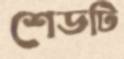
শেডটি